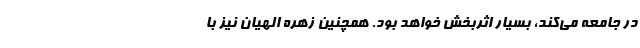
در جامعه می‌کند، بسیار اثربخش خواهد بود. همچنین زهره الهیان نیز با